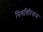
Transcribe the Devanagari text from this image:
निलगिरिकम